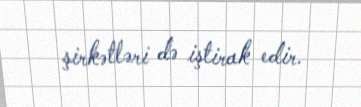
şirkətləri də iştirak edir.